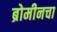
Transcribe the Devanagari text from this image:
ब्रोमीनचा